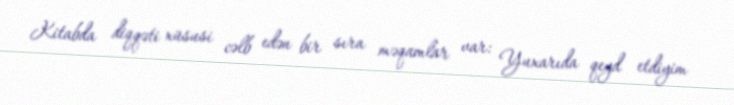
Kitabda diqqəti xüsusi cəlb edən bir sıra məqamlar var: Yuxarıda qeyd etdiyim